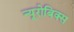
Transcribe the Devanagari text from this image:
न्यूरोबिक्स